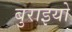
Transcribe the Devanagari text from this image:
बुराइयो